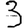
Digit: 3